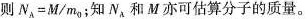
则$$N = M / m_{0}$$；知N_{A}和M亦可估算分子的质量。